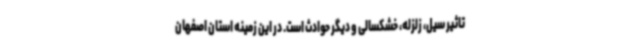
تاثیر سیل، زلزله، خشکسالی و دیگر حوادث است. در این زمینه استان اصفهان